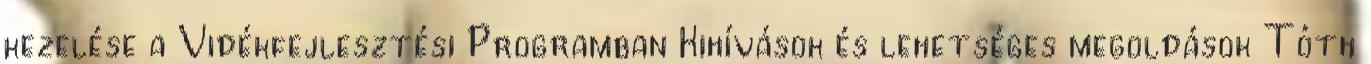
kezelése a Vidékfejlesztési Programban Kihívások és lehetséges megoldások Tóth